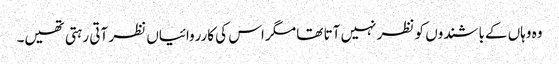
وہ وہاں کےباشندوں کو نظر نہیں آتا تھا مگر اس کی کارروائیاں نظر آتی رہتی تھیں۔